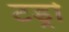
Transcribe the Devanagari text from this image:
टड्रो